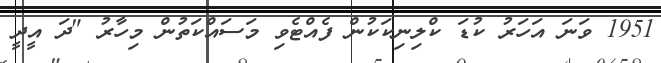
1951 ވަނަ އަހަރު ކުޑަ ކްލިނިކަކުން ފެއްޓެވި މަސައްކަތުން މިހާރު "ދަ އީދީ